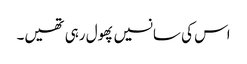
اس کی سانسیں پھول رہی تھیں۔